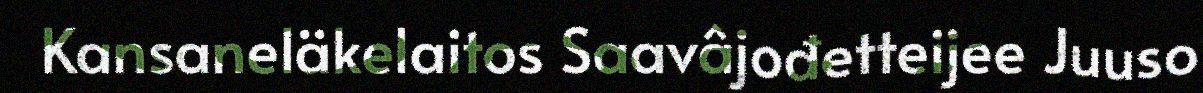
Kansaneläkelaitos Saavâjođetteijee Juuso